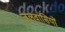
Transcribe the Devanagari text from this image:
जलवासियों